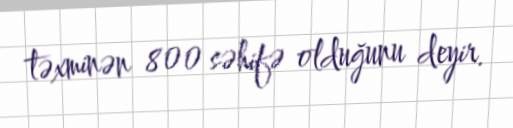
təxminən 800 səhifə olduğunu deyir.